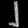
Digit: ၂